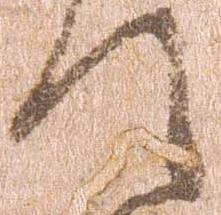
て